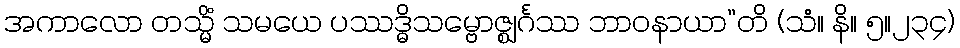
အကာလော တသ္မိံ သမယေ ပဿဒ္ဓိသမ္ဗောဇ္ဈင်္ဂဿ ဘာဝနာယာ”တိ (သံ။ နိ။ ၅။၂၃၄)